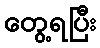
တွေ့ရပြီး